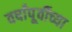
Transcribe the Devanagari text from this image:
वर्षांपू्र्वीच्या